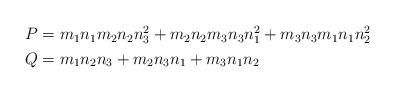
\begin{align*}\begin{aligned}P& = m_1 n_1 m_2 n_2 n_3^2 + m_2 n_2 m_3 n_3 n_1^2 + m_3 n_3 m_1 n_1 n_2^2 \\Q& = m_1 n_2 n_3 + m_2 n_3 n_1 + m_3 n_1 n_2 \\\end{aligned}\end{align*}